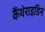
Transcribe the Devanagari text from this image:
कैंथेराइडिन